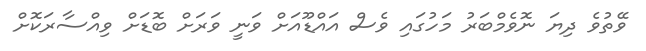
ވޭތުވެ ދިޔަ ނޮވެމްބަރު މަހުގައި ވެސް އައްޑޫއަށް ވަނީ ވަރަށް ބޮޑަށް ވިއްސާރަކޮށް